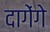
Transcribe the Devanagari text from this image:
दागेंगे